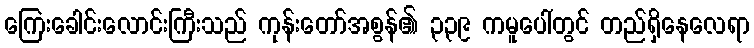
ကြေးခေါင်းလောင်းကြီးသည် ကုန်းတော်အစွန်၏ ၃၃၉ ကမူပေါ်တွင် တည်ရှိနေလေရာ